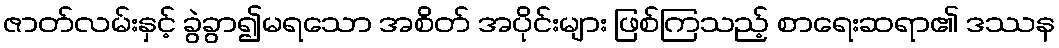
ဇာတ်လမ်းနှင့် ခွဲခွာ၍မရသော အစိတ် အပိုင်းများ ဖြစ်ကြသည့် စာရေးဆရာ၏ ဒဿန